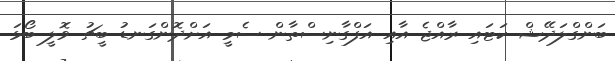
ބަންގްލަދޭޝް ކަޓައި ރާއްޖެ އާއި އަފްގާނިސްތާން ސެމީ އަށްދޮންގަނޑު ބީޗު ވޮލީ ބޯޅަ